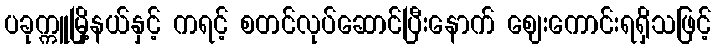
ပခုက္ကူမြို့နယ်နှင့် ကရင့် စတင်လုပ်ဆောင်ပြီးနောက် ဈေးကောင်းရရှိသဖြင့်